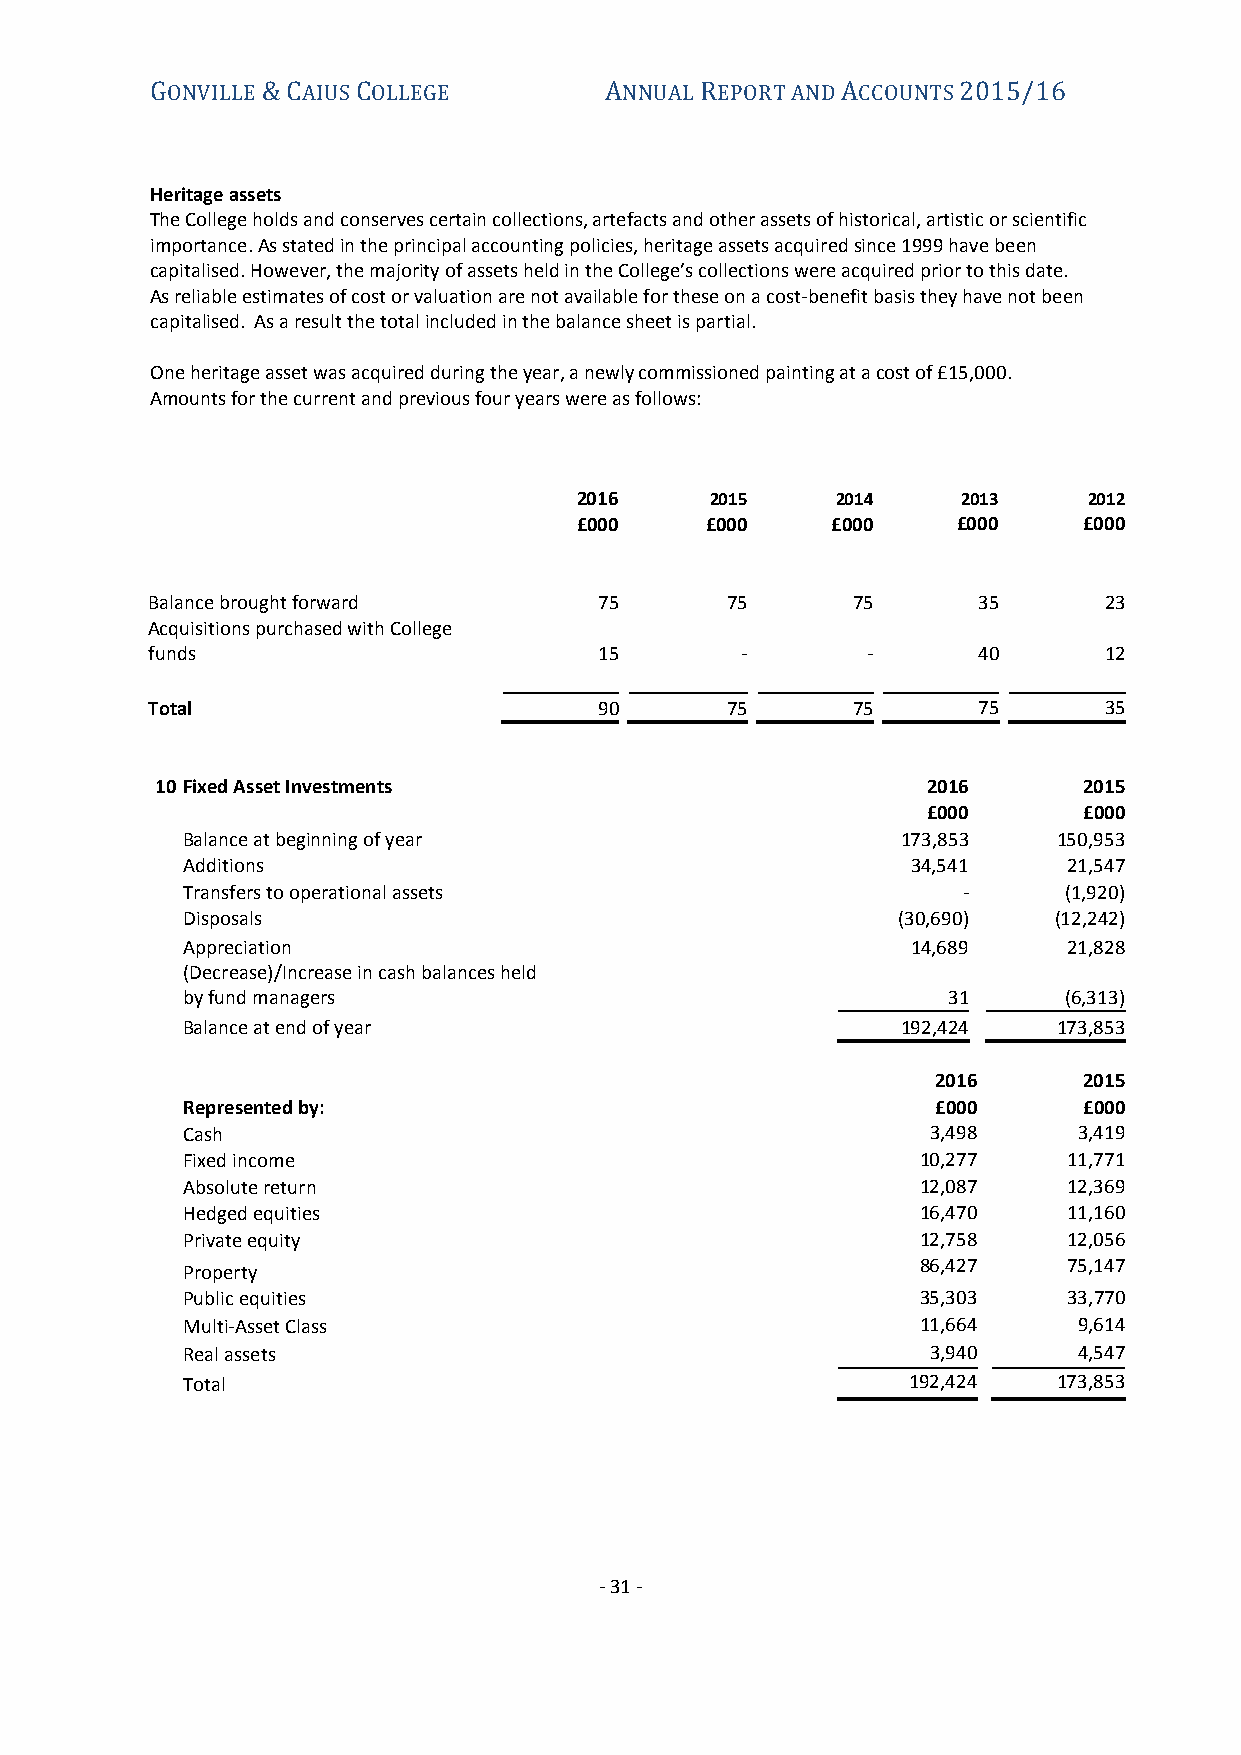
GONVILLE & CAIUS COLLEGE      ANNUAL REPORT AND ACCOUNTS 2015/16
 Heritage assets
 The College holds and conserves certain collections, artefacts and other assets of historical, artistic or scientific
 importance. As stated in the principal accounting policies, heritage assets acquired since 1999 have been
 capitalised. However, the majority of assets held in the College’s collections were acquired prior to this date.
 As reliable estimates of cost or valuation are not available for these on a cost-benefit basis they have not been
 capitalised. As a result the total included in the balance sheet is partial.
 One heritage asset was acquired during the year, a newly commissioned painting at a cost of £15,000.
 Amounts for the current and previous four years were as follows:
 2016     2015    2014     2013    2012
 £000     £000    £000    £000     £000
 Balance brought forward       75      75      75       35      23
 Acquisitions purchased with College
 funds                         15       -       -       40      12
 Total                         90      75      75       75      35
 10 Fixed Asset Investments                         2016       2015
 £000       £000
 Balance at beginning of year                    173,853   150,953
 Additions                                       34,541     21,547
 Transfers to operational assets                     -     (1,920)
 Disposals                                      (30,690)   (12,242)
 Appreciation                                    14,689     21,828
 (Decrease)/Increase in cash balances held
 by fund managers                                   31     (6,313)
 Balance at end of year                          192,424   173,853
 2016      2015
 Represented by:                                   £000      £000
 Cash                                              3,498    3,419
 Fixed income                                     10,277    11,771
 Absolute return                                  12,087    12,369
 Hedged equities                                  16,470    11,160
 Private equity                                   12,758    12,056
 Property                                         86,427    75,147
 Public equities                                  35,303    33,770
 Multi-Asset Class                                11,664    9,614
 Real assets                                       3,940    4,547
 Total                                           192,424   173,853
 - 31 -